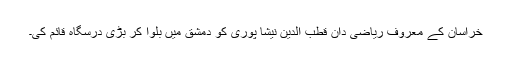
خراسان کے معروف ریاضی دان قطب الدین نیشا پوریؒ کو دمشق میں بلوا کر بڑی درسگاہ قائم کی۔